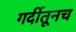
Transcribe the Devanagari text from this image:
गर्दीतूनच